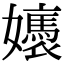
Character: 㜵